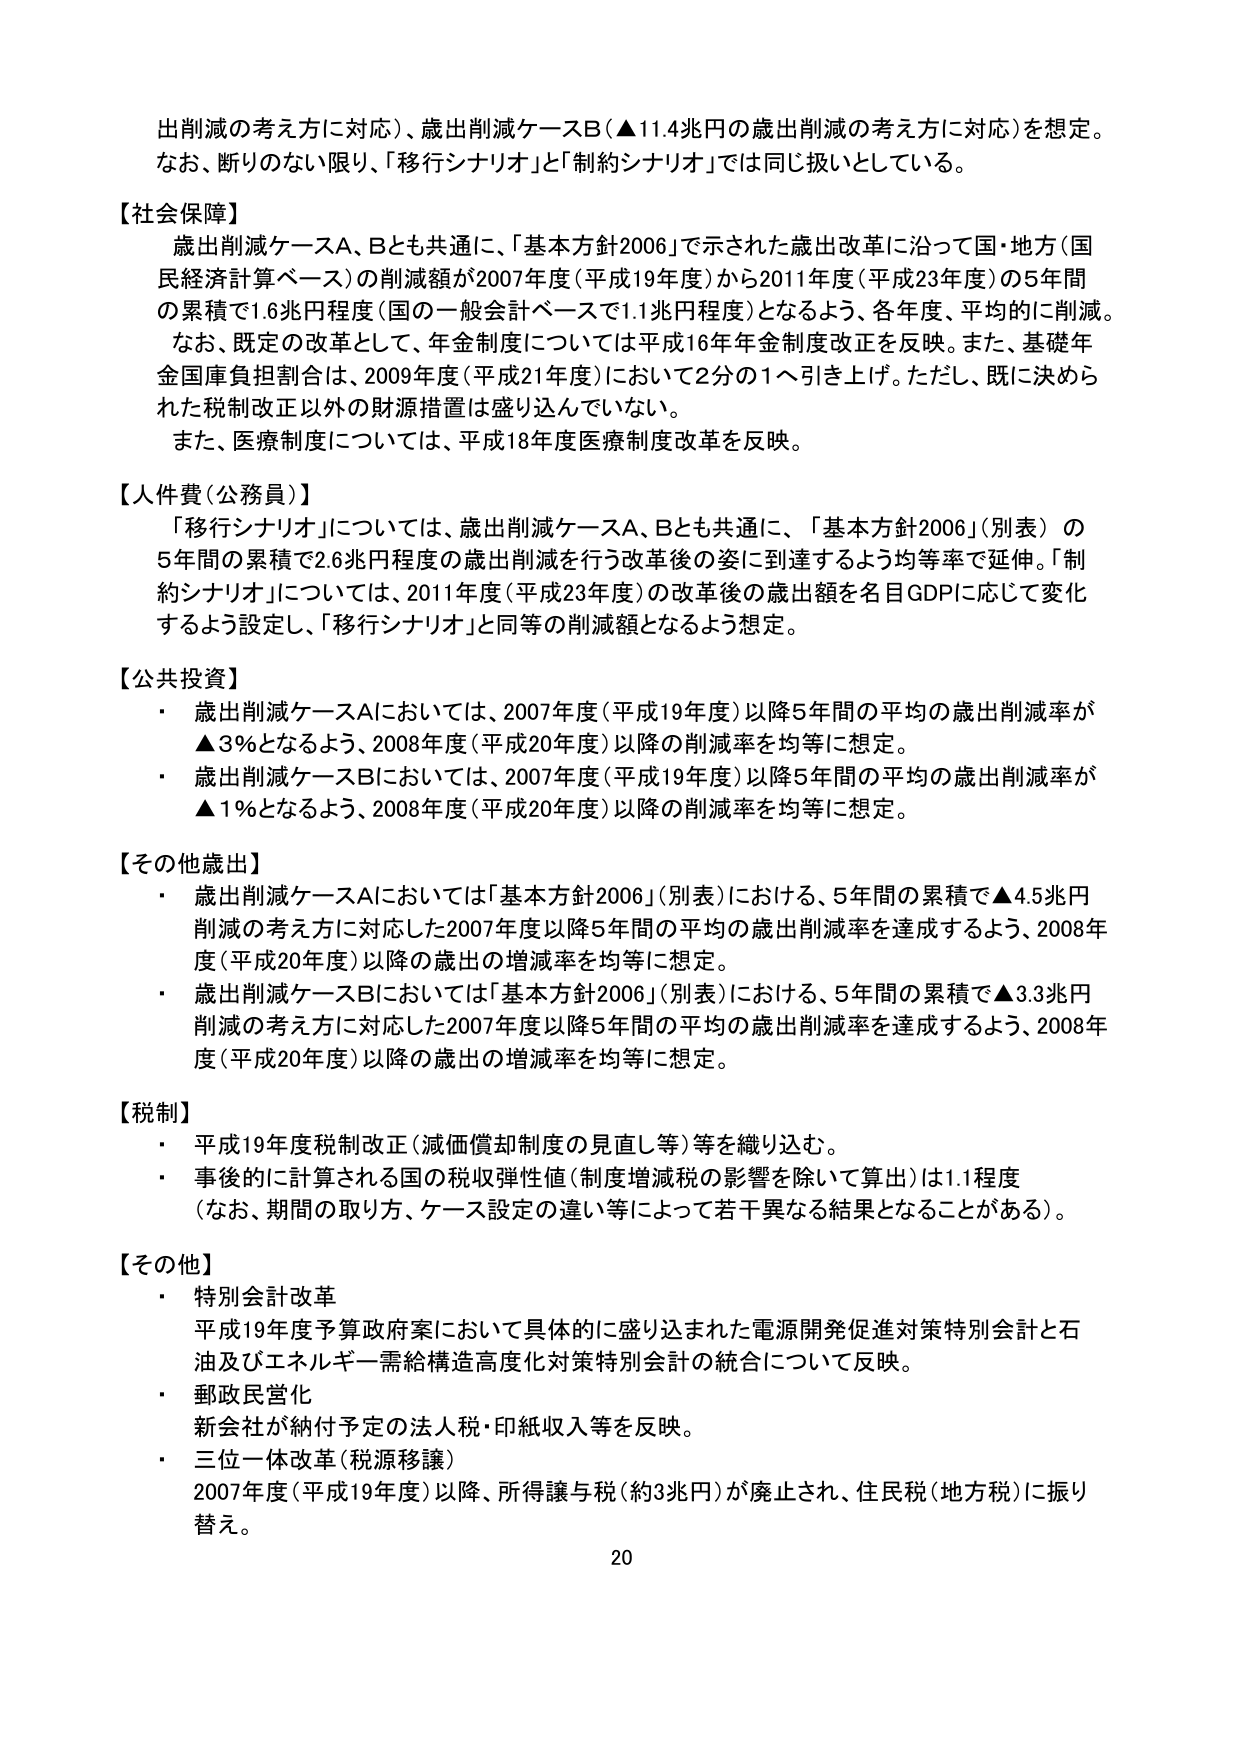
出削減の考え方に対応）、歳出削減ケースB（▲11.4兆円の歳出削減の考え方に対応）を想定。
なお、断りのない限り、「移行シナリオ」と「制約シナリオ」では同じ扱いとしている。

【社会保障】
歳出削減ケースA、Bとも共通に、「基本方針2006」で示された歳出改革に沿って国・地方（国民経済計算ベース）の削減額が2007年度（平成19年度）から2011年度（平成23年度）の5年間の累積で1.6兆円程度（国の一般会計ベースで1.1兆円程度）となるよう、各年度、平均的に削減。
なお、既定の改革として、年金制度については平成16年年金制度改正を反映。また、基礎年金国庫負担割合は、2009年度（平成21年度）において2分の1へ引き上げ。ただし、既に決められた税制改正以外の財源措置は盛り込んでいない。
また、医療制度については、平成18年度医療制度改革を反映。

【人件費（公務員）】
「移行シナリオ」については、歳出削減ケースA、Bとも共通に、「基本方針2006」（別表）の5年間の累積で2.6兆円程度の歳出削減を行う改革後の姿に到達するよう均等率で延伸。「制約シナリオ」については、2011年度（平成23年度）の改革後の歳出額を名目GDPに応じて変化するよう設定し、「移行シナリオ」と同等の削減額となるよう想定。

【公共投資】
・ 歳出削減ケースAにおいては、2007年度（平成19年度）以降5年間の平均の歳出削減率が▲3％となるよう、2008年度（平成20年度）以降の削減率を均等に想定。
・ 歳出削減ケースBにおいては、2007年度（平成19年度）以降5年間の平均の歳出削減率が▲1％となるよう、2008年度（平成20年度）以降の削減率を均等に想定。

【その他歳出】
・ 歳出削減ケースAにおいては「基本方針2006」（別表）における、5年間の累積で▲4.5兆円削減の考え方に対応した2007年度以降5年間の平均の歳出削減率を達成するよう、2008年度（平成20年度）以降の歳出の増減率を均等に想定。
・ 歳出削減ケースBにおいては「基本方針2006」（別表）における、5年間の累積で▲3.3兆円削減の考え方に対応した2007年度以降5年間の平均の歳出削減率を達成するよう、2008年度（平成20年度）以降の歳出の増減率を均等に想定。

【税制】
・ 平成19年度税制改正（減価償却制度の見直し等）等を織り込む。
・ 事後的に計算される国の税収弾性値（制度増減税の影響を除いて算出）は1.1程度（なお、期間の取り方、ケース設定の違い等によって若干異なる結果となることがある）。

【その他】
・ 特別会計改革
平成19年度予算政府案において具体的に盛り込まれた電源開発促進対策特別会計と石油及びエネルギー需給構造高度化対策特別会計の統合について反映。
・ 郵政民営化
新会社が納付予定の法人税・印紙収入等を反映。
・ 三位一体改革（税源移譲）
2007年度（平成19年度）以降、所得譲与税（約3兆円）が廃止され、住民税（地方税）に振り替え。

20